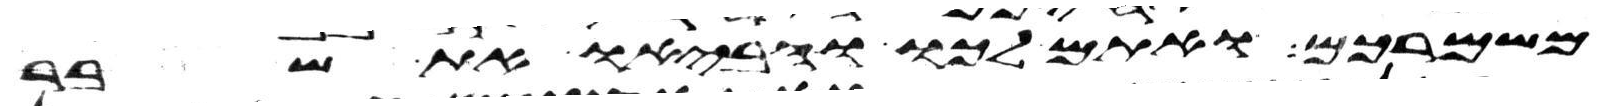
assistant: משמרכם ואתם לכו והביאו את שבר